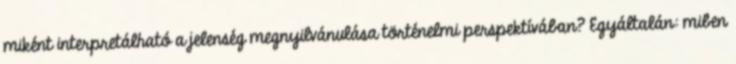
miként interpretálható a jelenség megnyilvánulása történelmi perspektívában? Egyáltalán: miben